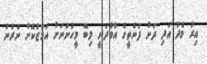
އިރު މެދު އަދި ދަށް ފަންތީގެ އާމްދަނީ ލިބޭ މީހުންނަށް އަމާޒުކޮށް ނެރުނު